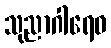
သုညာဂါရေဝ